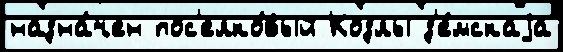
назна́чен пос'елко́вый Козлы з'е́мскаjа